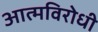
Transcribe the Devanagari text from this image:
आत्मविरोधी